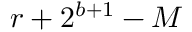
r + 2 ^ { b + 1 } - M